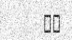
٦٣